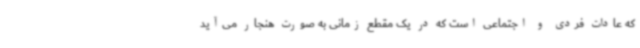
که عادات فردی و اجتماعی است که در یک مقطع زمانی به صورت هنجار می‌آید